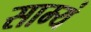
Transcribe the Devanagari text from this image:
साम्यं